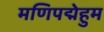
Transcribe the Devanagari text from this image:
मणिपद्मेहुम